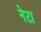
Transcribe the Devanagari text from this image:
नेटा